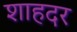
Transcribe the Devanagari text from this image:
शाहदर